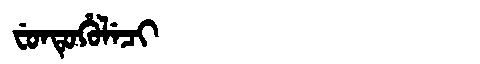
Manchu: ᠸᡠᠨᡨᡠᡥᡠᠯᡝᠴᡳ
Romanization: FUNTUHULECI